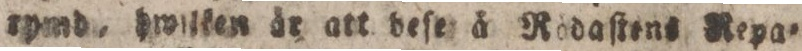
rpmd, hwilken år att deſe å Rödaſtens Repa=